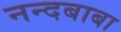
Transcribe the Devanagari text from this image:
नन्दबाबा